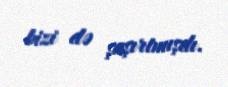
bizi də şaşırtmışdı.